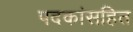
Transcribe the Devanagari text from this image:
पदकांसहित